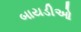
બાયડીઓ